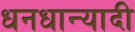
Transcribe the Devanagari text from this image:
धनधान्यादी